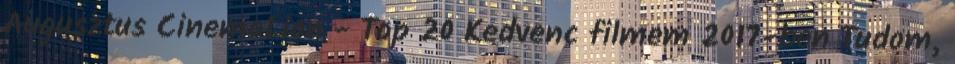
Augusztus CinemaLion - Top 20 Kedvenc filmem 2017-ben Tudom,